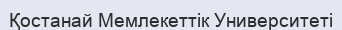
Қостанай Мемлекеттік Университеті